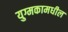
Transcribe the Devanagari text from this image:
युग्मकामधील